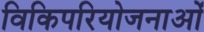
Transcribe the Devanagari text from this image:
विकिपरियोजनाओं